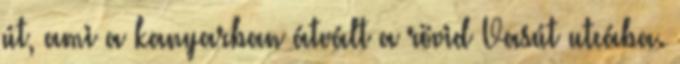
út, ami a kanyarban átvált a rövid Vasút utcába.